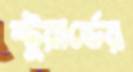
স্টুয়ার্ডের